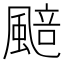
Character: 䬏